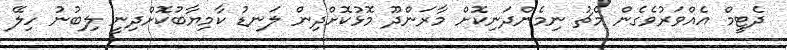
ދެޓީމް އެއްވަރުވެގެން މެޗު ނިމެންދަނިކޮށް މާރަންދޫ މޮޅުކޮށްދިން ލަނޑު ކާމިޔާބުކޮށްދިނީ ލިބުނު ހިލޭ